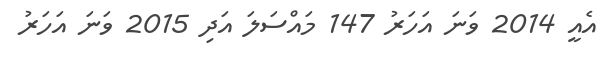
އެއީ 2014 ވަނަ އަހަރު 147 މައްސަލަ އަދި 2015 ވަނަ އަހަރު